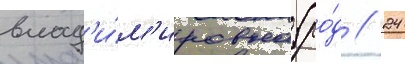
влад'и́м'ировна (ро́д // 24